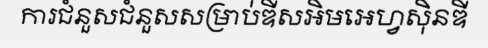
ការជំនួសជំនួសសម្រាប់ឌីសអិមអេហ្វស៊ិនឌី